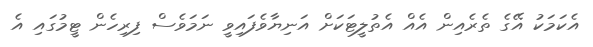
އެކަމަކު އޭގެ ތެރެއިން އެއް އެތުލީޓަަކަށް އަނިޔާވެފައިވީ ނަމަވެސް ފިރިހެން ޓީމުގައި އެ